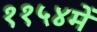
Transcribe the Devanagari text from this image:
११५४में